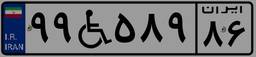
۴۰W۴۳۴۱۱